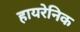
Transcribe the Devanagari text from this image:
हायरेनिक